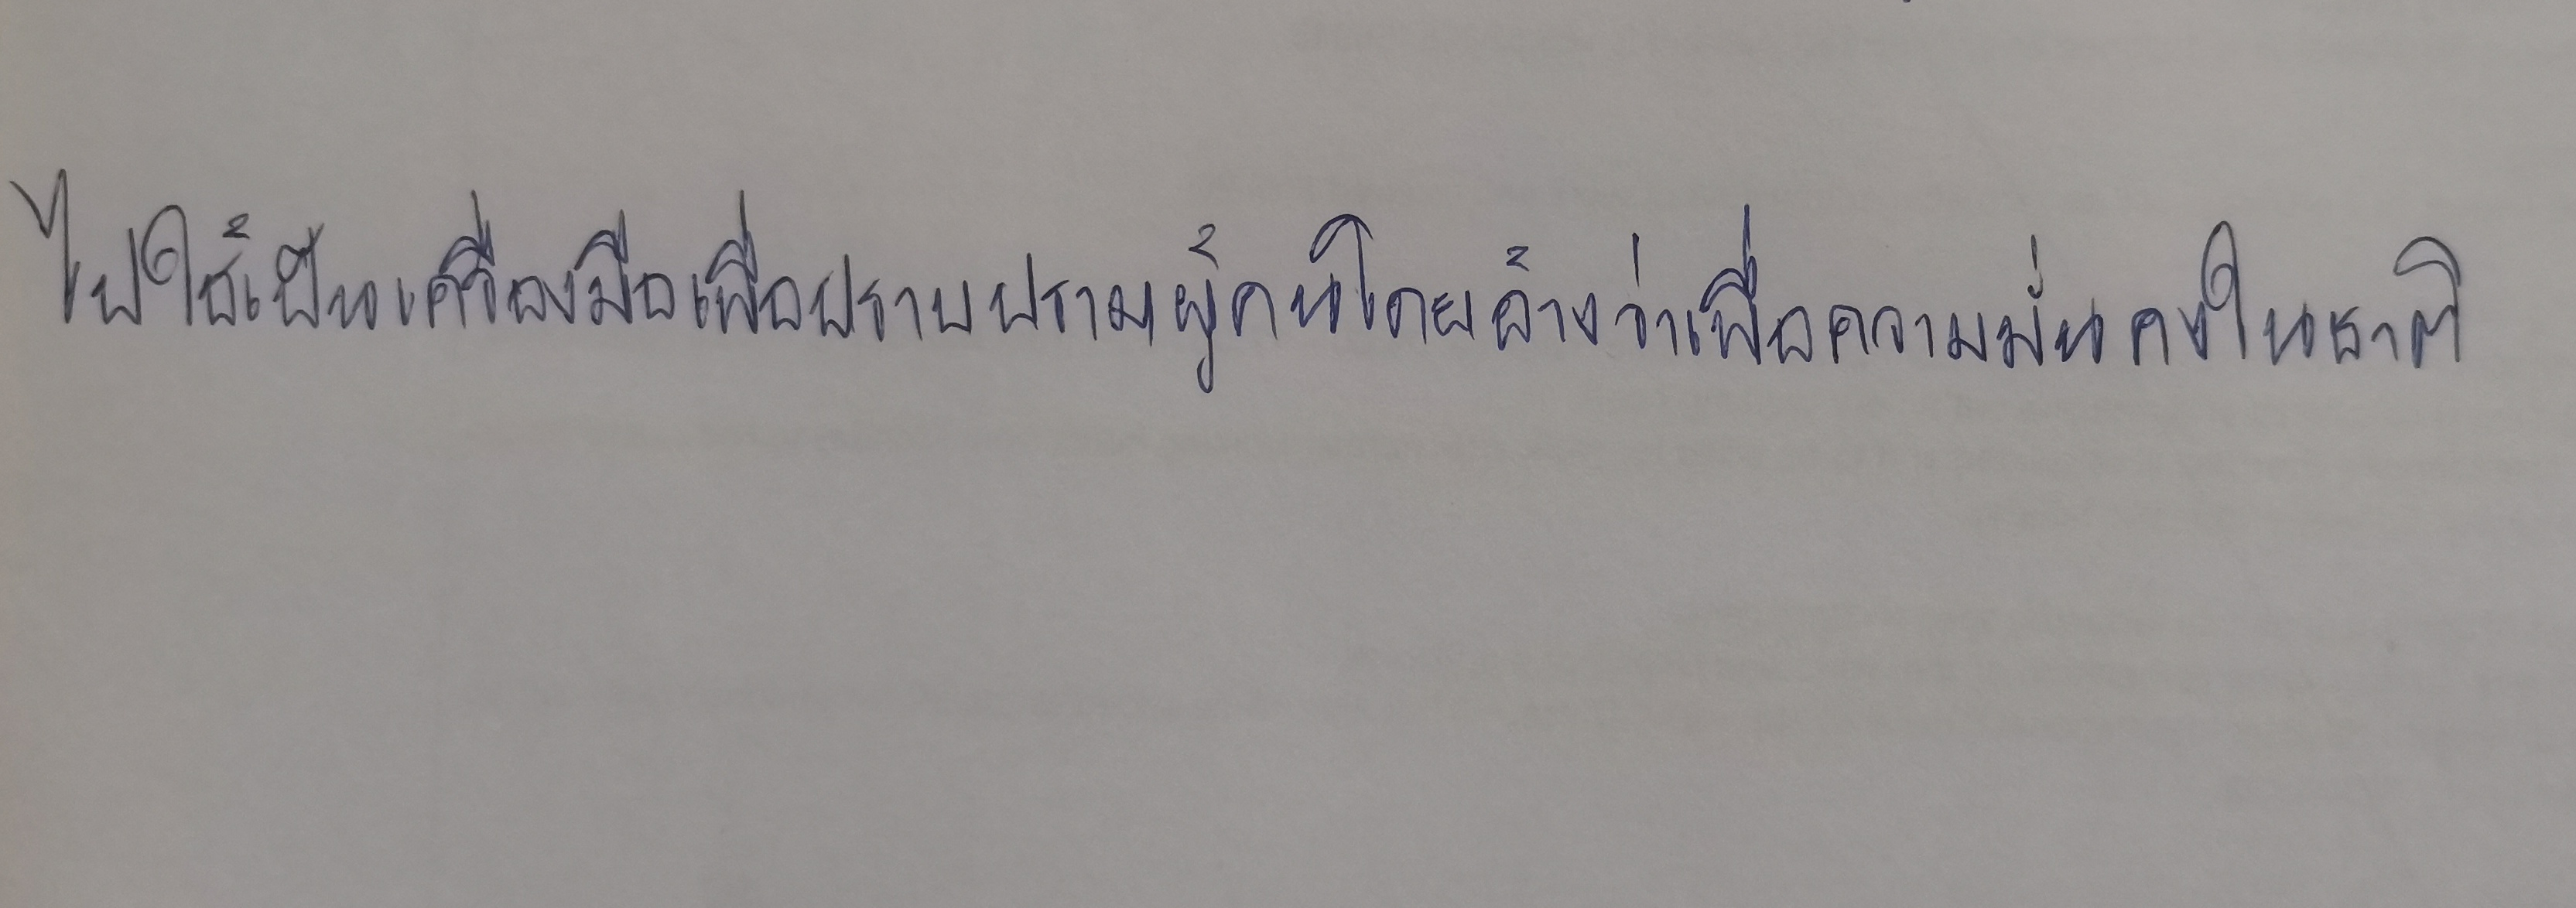
ไปใช้เป็นเครื่องมือเพื่อปราบปรามผู้คนโดยอ้างว่าเพื่อความมั่นคงในชาติ